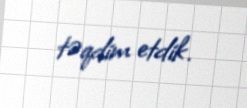
təqdim etdik.